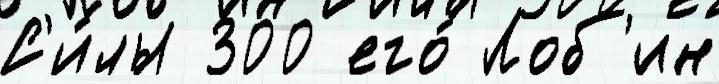
С'и́лы 300 его́ Лоб'ин